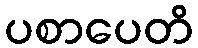
ပစာပေတိ